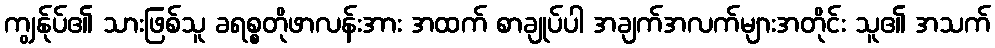
ကျွန်ုပ်၏ သားဖြစ်သူ ခရစ္စတိုဖာလန်းအား အထက် စာချုပ်ပါ အချက်အလက်များအတိုင်း သူ၏ အသက်